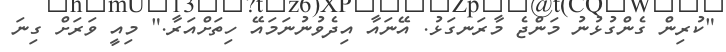
"ކުރިން ގެންގުޅުނު މަންޖެ މާރަނގަޅު. އޭނައާ އިދެވުނުނަމައޭ ހިތަށްއަރާ." މިއީ ވަރަށް ގިނަ